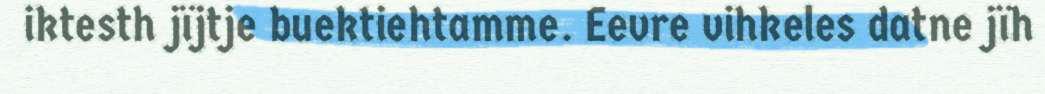
iktesth jïjtje buektiehtamme. Eevre vihkeles datne jïh